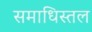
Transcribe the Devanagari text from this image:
समाधिस्तल